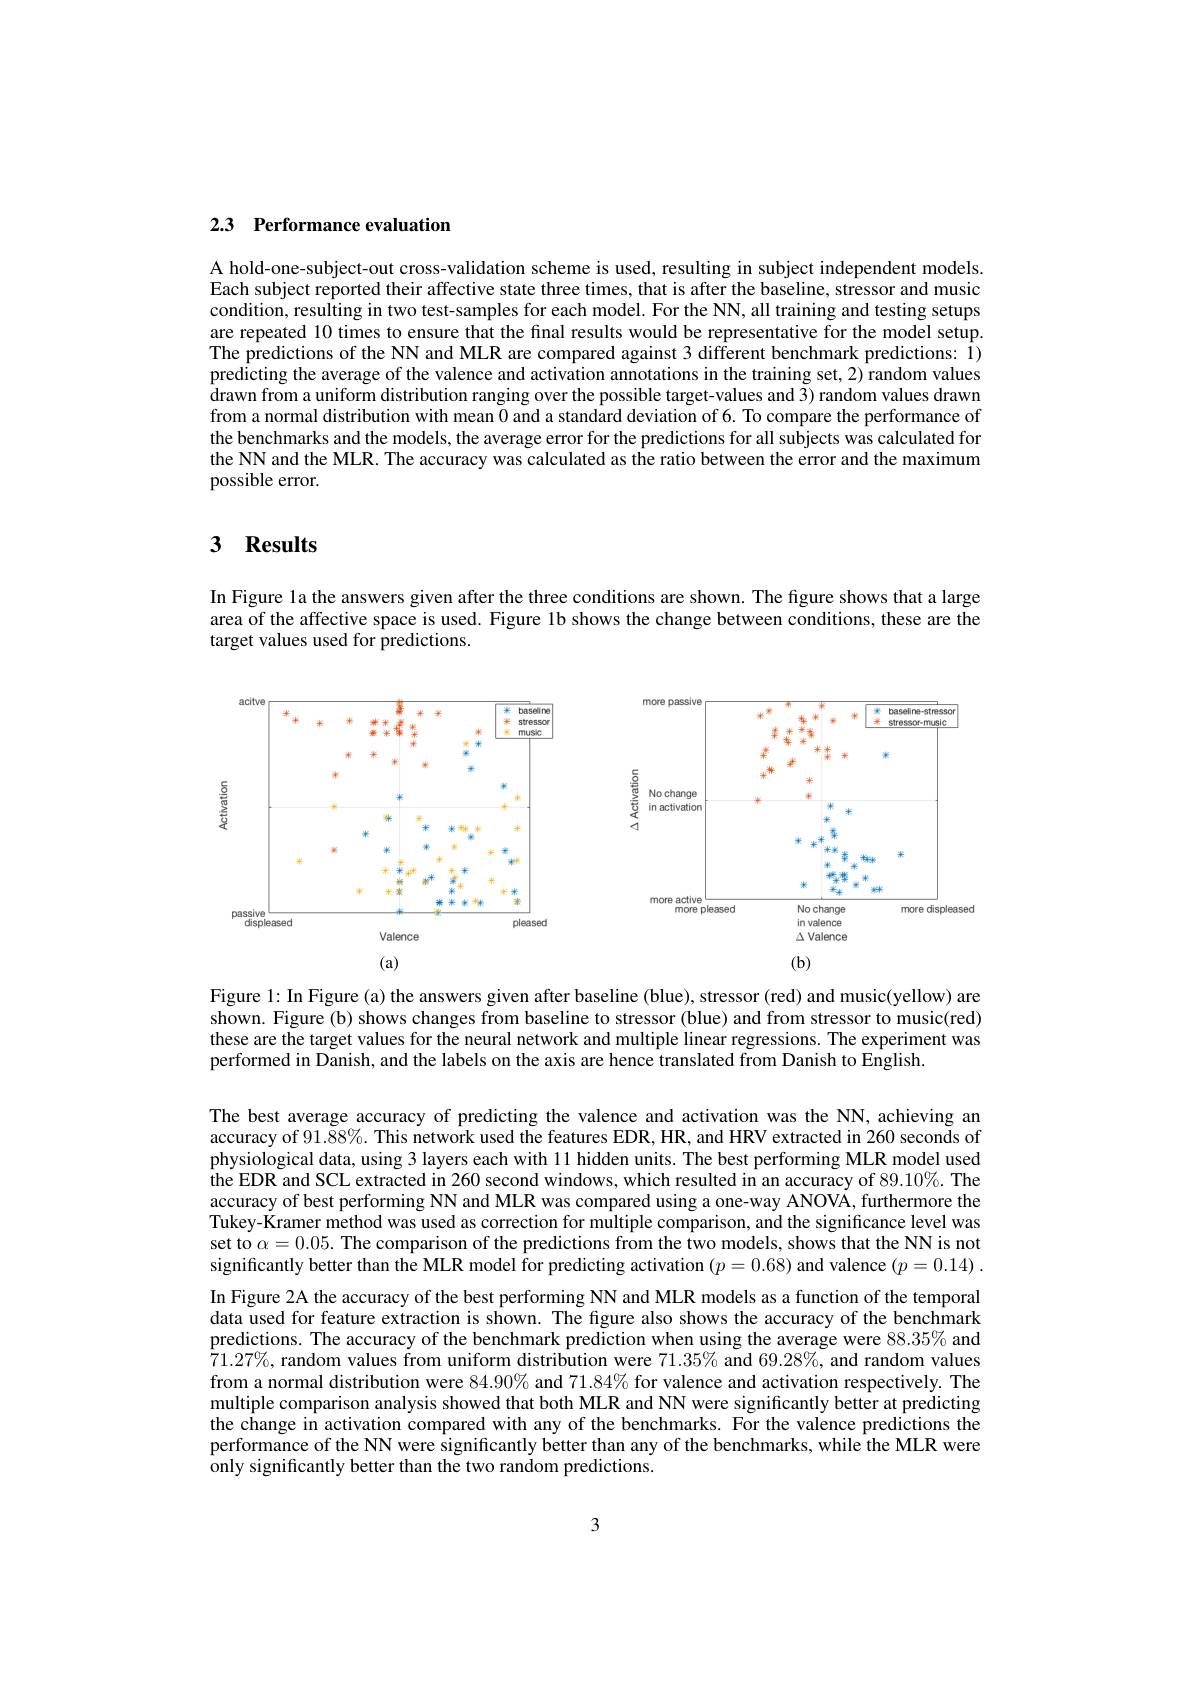
## 2.3 Performance evaluation

A hold-one-subject-out cross-validation scheme is used, resulting in subject independent models. Each subject reported their affective state three times, that is after the baseline, stressor and music condition, resulting in two test-samples for each model. For the NN, all training and testing setups are repeated 10 times to ensure that the final results would be representative for the model setup. The predictions of the NN and MLR are compared against 3 different benchmark predictions: $\bar{1})$ predicting the average of the valence and activation annotations in the training set, 2) random values drawn from a uniform distribution ranging over the possible target-values and 3) random values drawn from a normal distribution with mean 0 and a standard deviation of 6. To compare the performance of the benchmarks and the models, the average error for the predictions for all subjects was calculated for the NN and the MLR. The accuracy was calculated as the ratio between the error and the maximum possible error.

# 3 Results

In Figure la the answers given after the three conditions are shown. The figure shows that a large area of the affective space is used. Figure lb shows the change between conditions, these are the target values used for predictions.

<FigureHere>

Figure 1: In Figure (a) the answers given after baseline (blue), stressor (red) and music(yellow) are shown. Figure (b) shows changes from baseline to stressor (blue) and from stressor to music(red) these are the target values for the neural network and multiple linear regressions. The experiment was performed in Danish, and the labels on the axis are hence translated from Danish to English.

The best average accuracy of predicting the valence and activation was the NN, achieving an accuracy of 91.$\tilde{8}8\%.\tilde{\text{ThisnetworkusedthefeaturesEDR,HR,andHRVextractedin260secondsof}}$ physiological data, using 3 layers each with 11 hidden units. The best performing MLR model used the EDR and SCL extracted in 260 second windows, which resulted in an accuracy of 89.10%. The accuracy of best performing NN and MLR was compared using a one-way ANOVA, furthermore the Tukey-Kramer method was used as correction for multiple comparison, and the significance level was set to $\alpha=0.05.$ The comparison of the predictions from the two models, shows that the NN is not significantly better than the MLR model for predicting activation $(p=0.68)$ and valence $(p=0.14).$ In Figure 2A the accuracy of the best performing NN and MLR models as a function of the temporal data used for feature extraction is shown. The figure also shows the accuracy of the benchmark predictions. The accuracy of the benchmark prediction when using the average were $88.35\%$ and $\dot{7}1.27\%$, random values from uniform distribution were $71.35\%$ and $69.28\%$, and random values from a normal distribution were $84.90\%$ and 71.84% for valence and activation respectively. The multiple comparison analysis showed that both MLR and NN were significantly better at predicting the change in activation compared with any of the benchmarks. For the valence predictions the performance of the NN were significantly better than any of the benchmarks, while the MLR were only significantly better than the two random predictions.

3